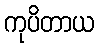
ကုပိတာယ